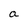
Character: a